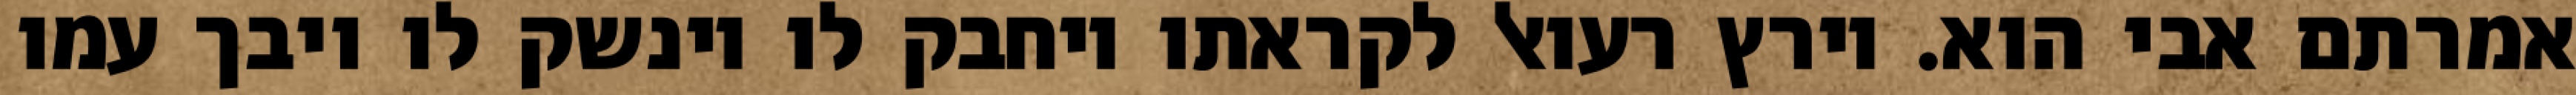
אמרתם אבי הוא. וירץ רעואל לקראתו ויחבק לו וינשק לו ויבך עמו